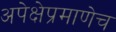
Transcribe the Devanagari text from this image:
अपेक्षेप्रमाणेच